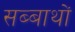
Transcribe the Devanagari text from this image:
सब्बाथों